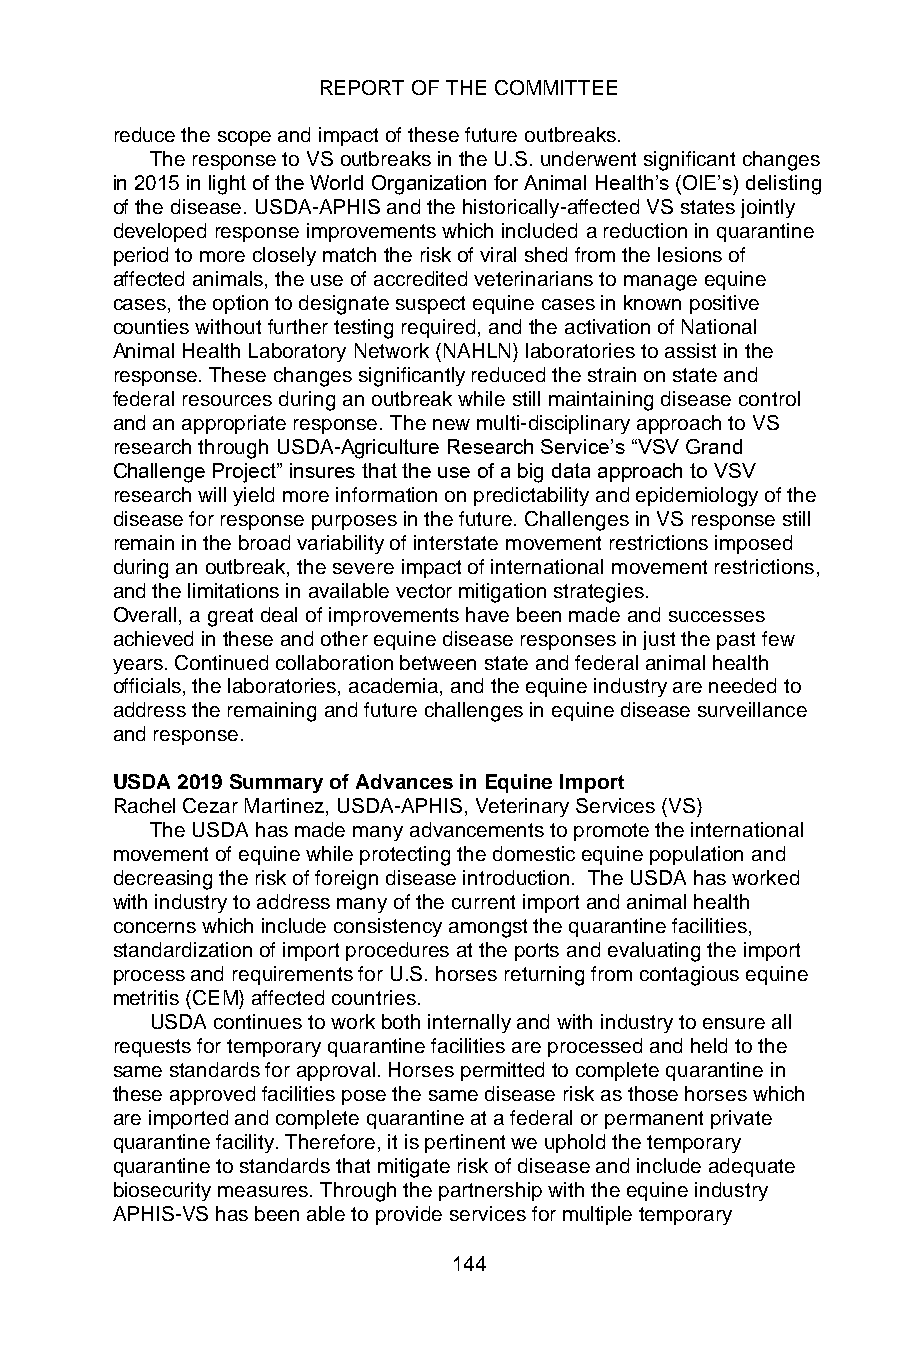
REPORT OF THE COMMITTEE
 reduce the scope and impact of these future outbreaks.
 The response to VS outbreaks in the U.S. underwent significant changes
 in 2015 in light of the World Organization for Animal Health’s (OIE’s) delisting
 of the disease. USDA-APHIS and the historically-affected VS states jointly
 developed response improvements which included a reduction in quarantine
 period to more closely match the risk of viral shed from the lesions of
 affected animals, the use of accredited veterinarians to manage equine
 cases, the option to designate suspect equine cases in known positive
 counties without further testing required, and the activation of National
 Animal Health Laboratory Network (NAHLN) laboratories to assist in the
 response. These changes significantly reduced the strain on state and
 federal resources during an outbreak while still maintaining disease control
 and an appropriate response. The new multi-disciplinary approach to VS
 research through USDA-Agriculture Research Service’s “VSV Grand
 Challenge Project” insures that the use of a big data approach to VSV
 research will yield more information on predictability and epidemiology of the
 disease for response purposes in the future. Challenges in VS response still
 remain in the broad variability of interstate movement restrictions imposed
 during an outbreak, the severe impact of international movement restrictions,
 and the limitations in available vector mitigation strategies.
 Overall, a great deal of improvements have been made and successes
 achieved in these and other equine disease responses in just the past few
 years. Continued collaboration between state and federal animal health
 officials, the laboratories, academia, and the equine industry are needed to
 address the remaining and future challenges in equine disease surveillance
 and response.
 USDA 2019 Summary of Advances in Equine Import
 Rachel Cezar Martinez, USDA-APHIS, Veterinary Services (VS)
 The USDA has made many advancements to promote the international
 movement of equine while protecting the domestic equine population and
 decreasing the risk of foreign disease introduction. The USDA has worked
 with industry to address many of the current import and animal health
 concerns which include consistency amongst the quarantine facilities,
 standardization of import procedures at the ports and evaluating the import
 process and requirements for U.S. horses returning from contagious equine
 metritis (CEM) affected countries.
 USDA continues to work both internally and with industry to ensure all
 requests for temporary quarantine facilities are processed and held to the
 same standards for approval. Horses permitted to complete quarantine in
 these approved facilities pose the same disease risk as those horses which
 are imported and complete quarantine at a federal or permanent private
 quarantine facility. Therefore, it is pertinent we uphold the temporary
 quarantine to standards that mitigate risk of disease and include adequate
 biosecurity measures. Through the partnership with the equine industry
 APHIS-VS has been able to provide services for multiple temporary
 144